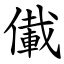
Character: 儎